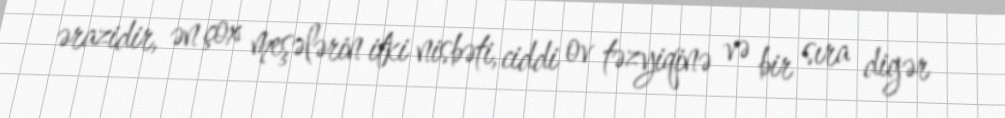
ərazidir, ən çox meşələrin itki nisbəti, ciddi ov təzyiqinə və bir sıra digər